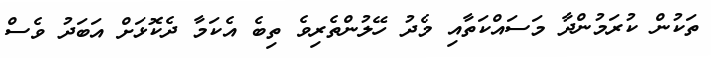
ތަކުން ކުރަމުންދާ މަސައްކަތާއި މެދު ހޭލުންތެރިވެ ތިބެ އެކަމާ ދެކޮޅަށް އަބަދު ވެސް